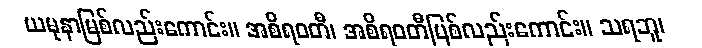
ယမုနာမြစ်လည်းကောင်း။ အစိရဝတီ၊ အစိရဝတီမြစ်လည်းကောင်း။ သရဘူ၊